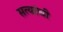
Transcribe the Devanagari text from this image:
सत्यांची